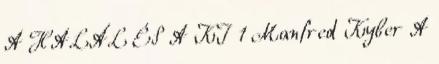
A HALÁL ÉS A KI 1 Manfred Kyber A